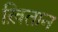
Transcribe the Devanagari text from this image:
ख़ितान